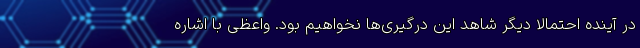
در آینده احتمالا دیگر شاهد این درگیری‌ها نخواهیم بود. واعظی با اشاره